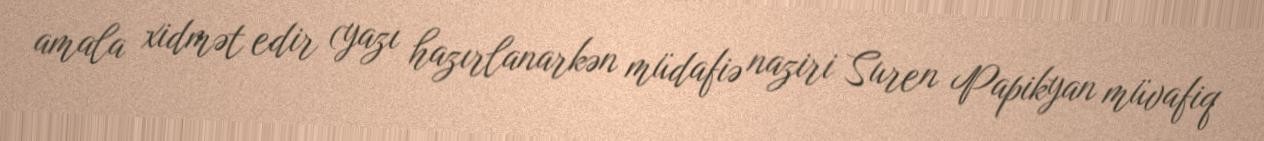
amala xidmət edir (yazı hazırlanarkən müdafiə naziri Suren Papikyan müvafiq